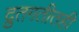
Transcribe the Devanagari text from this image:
द्रुतगतीतही